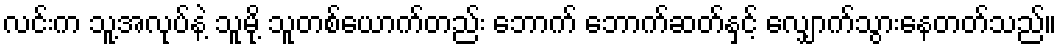
လင်းက သူ့အလုပ်နဲ့ သူမို့ သူတစ်ယောက်တည်း ဘောက် ဘောက်ဆတ်နှင့် လျှောက်သွားနေတတ်သည်။